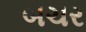
બચર